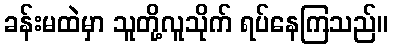
ခန်းမထဲမှာ သူတို့လူသိုက် ရပ်နေကြသည်။